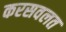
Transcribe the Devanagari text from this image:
करसवलत